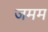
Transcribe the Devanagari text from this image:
जमम